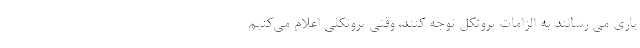
یاری می رسانند به الزامات پروتکل توجه کنند، وقتی پروتکلی اعلام می‌کنیم